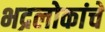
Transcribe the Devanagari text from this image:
भद्रलोकांचे